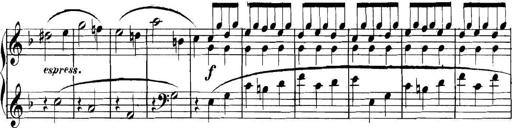
Title: Collected Piano Sonatas
Composer: Muzio Clementi